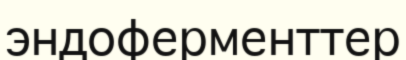
эндоферменттер